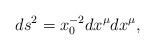
LaTeX: \begin{align*} ds^2 = x_0^{-2} dx^\mu dx^\mu,\end{align*}